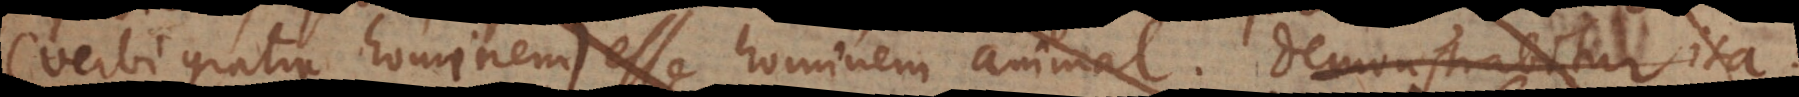
(verbi gratia hominem) esse hominem animal. Demonstrabitur ita: